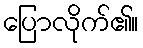
ပြောလိုက်၏။